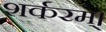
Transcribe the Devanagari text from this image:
शर्करम्।